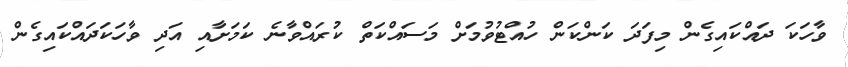
ވާހަކަ ދައްކައިގެން މިފަދަ ކަންކަން ހުއްޓުވުމަށް މަސައްކަތް ކުރައްވާނެ ކަމަށާއި އަދި ވާހަކަދައްކައިގެން